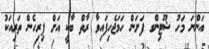
އަންނަ މަހު ޝޫޓިންގ ފަށަން ހަމަޖެހިފައިވާ ރާތް ބާކީ އަށް ފިރިހެން ތަރިއަކު